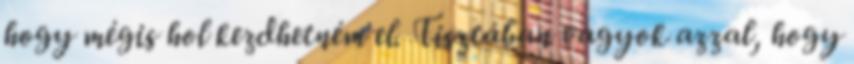
hogy mégis hol kezdhetném el. Tisztában vagyok azzal, hogy